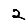
Digit: 2